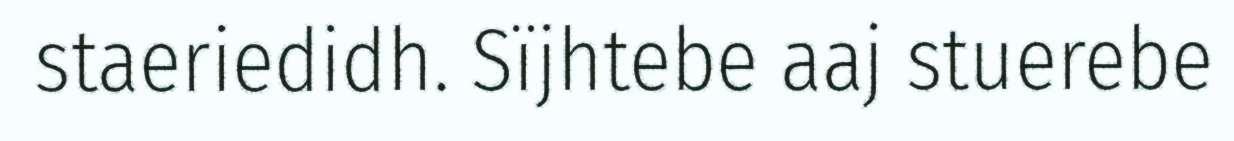
staeriedidh. Sïjhtebe aaj stuerebe